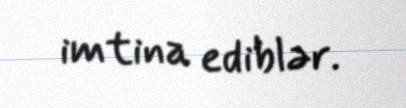
imtina ediblər.